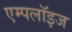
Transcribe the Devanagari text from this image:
एम्‍पलॉइज